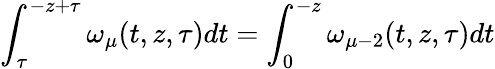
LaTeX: \int_{\tau}^{-z+\tau}\omega_{\mu}(t,z,\tau)dt=\int_{0}^{-z}\omega_{\mu-2}(t,z,\tau)dt